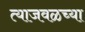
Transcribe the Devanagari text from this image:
त्याजवळच्या